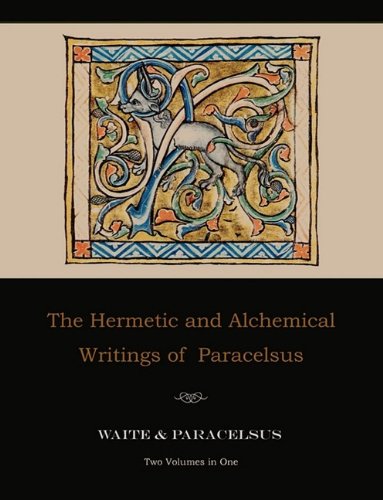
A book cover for The Hermetic and Alchemical Writings of Paracelsus--Two Volumes in One; Paracelsus; Politics & Social Sciences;